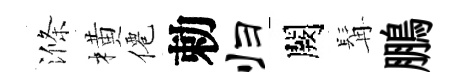
滌橫僊勅归闕髯鵬